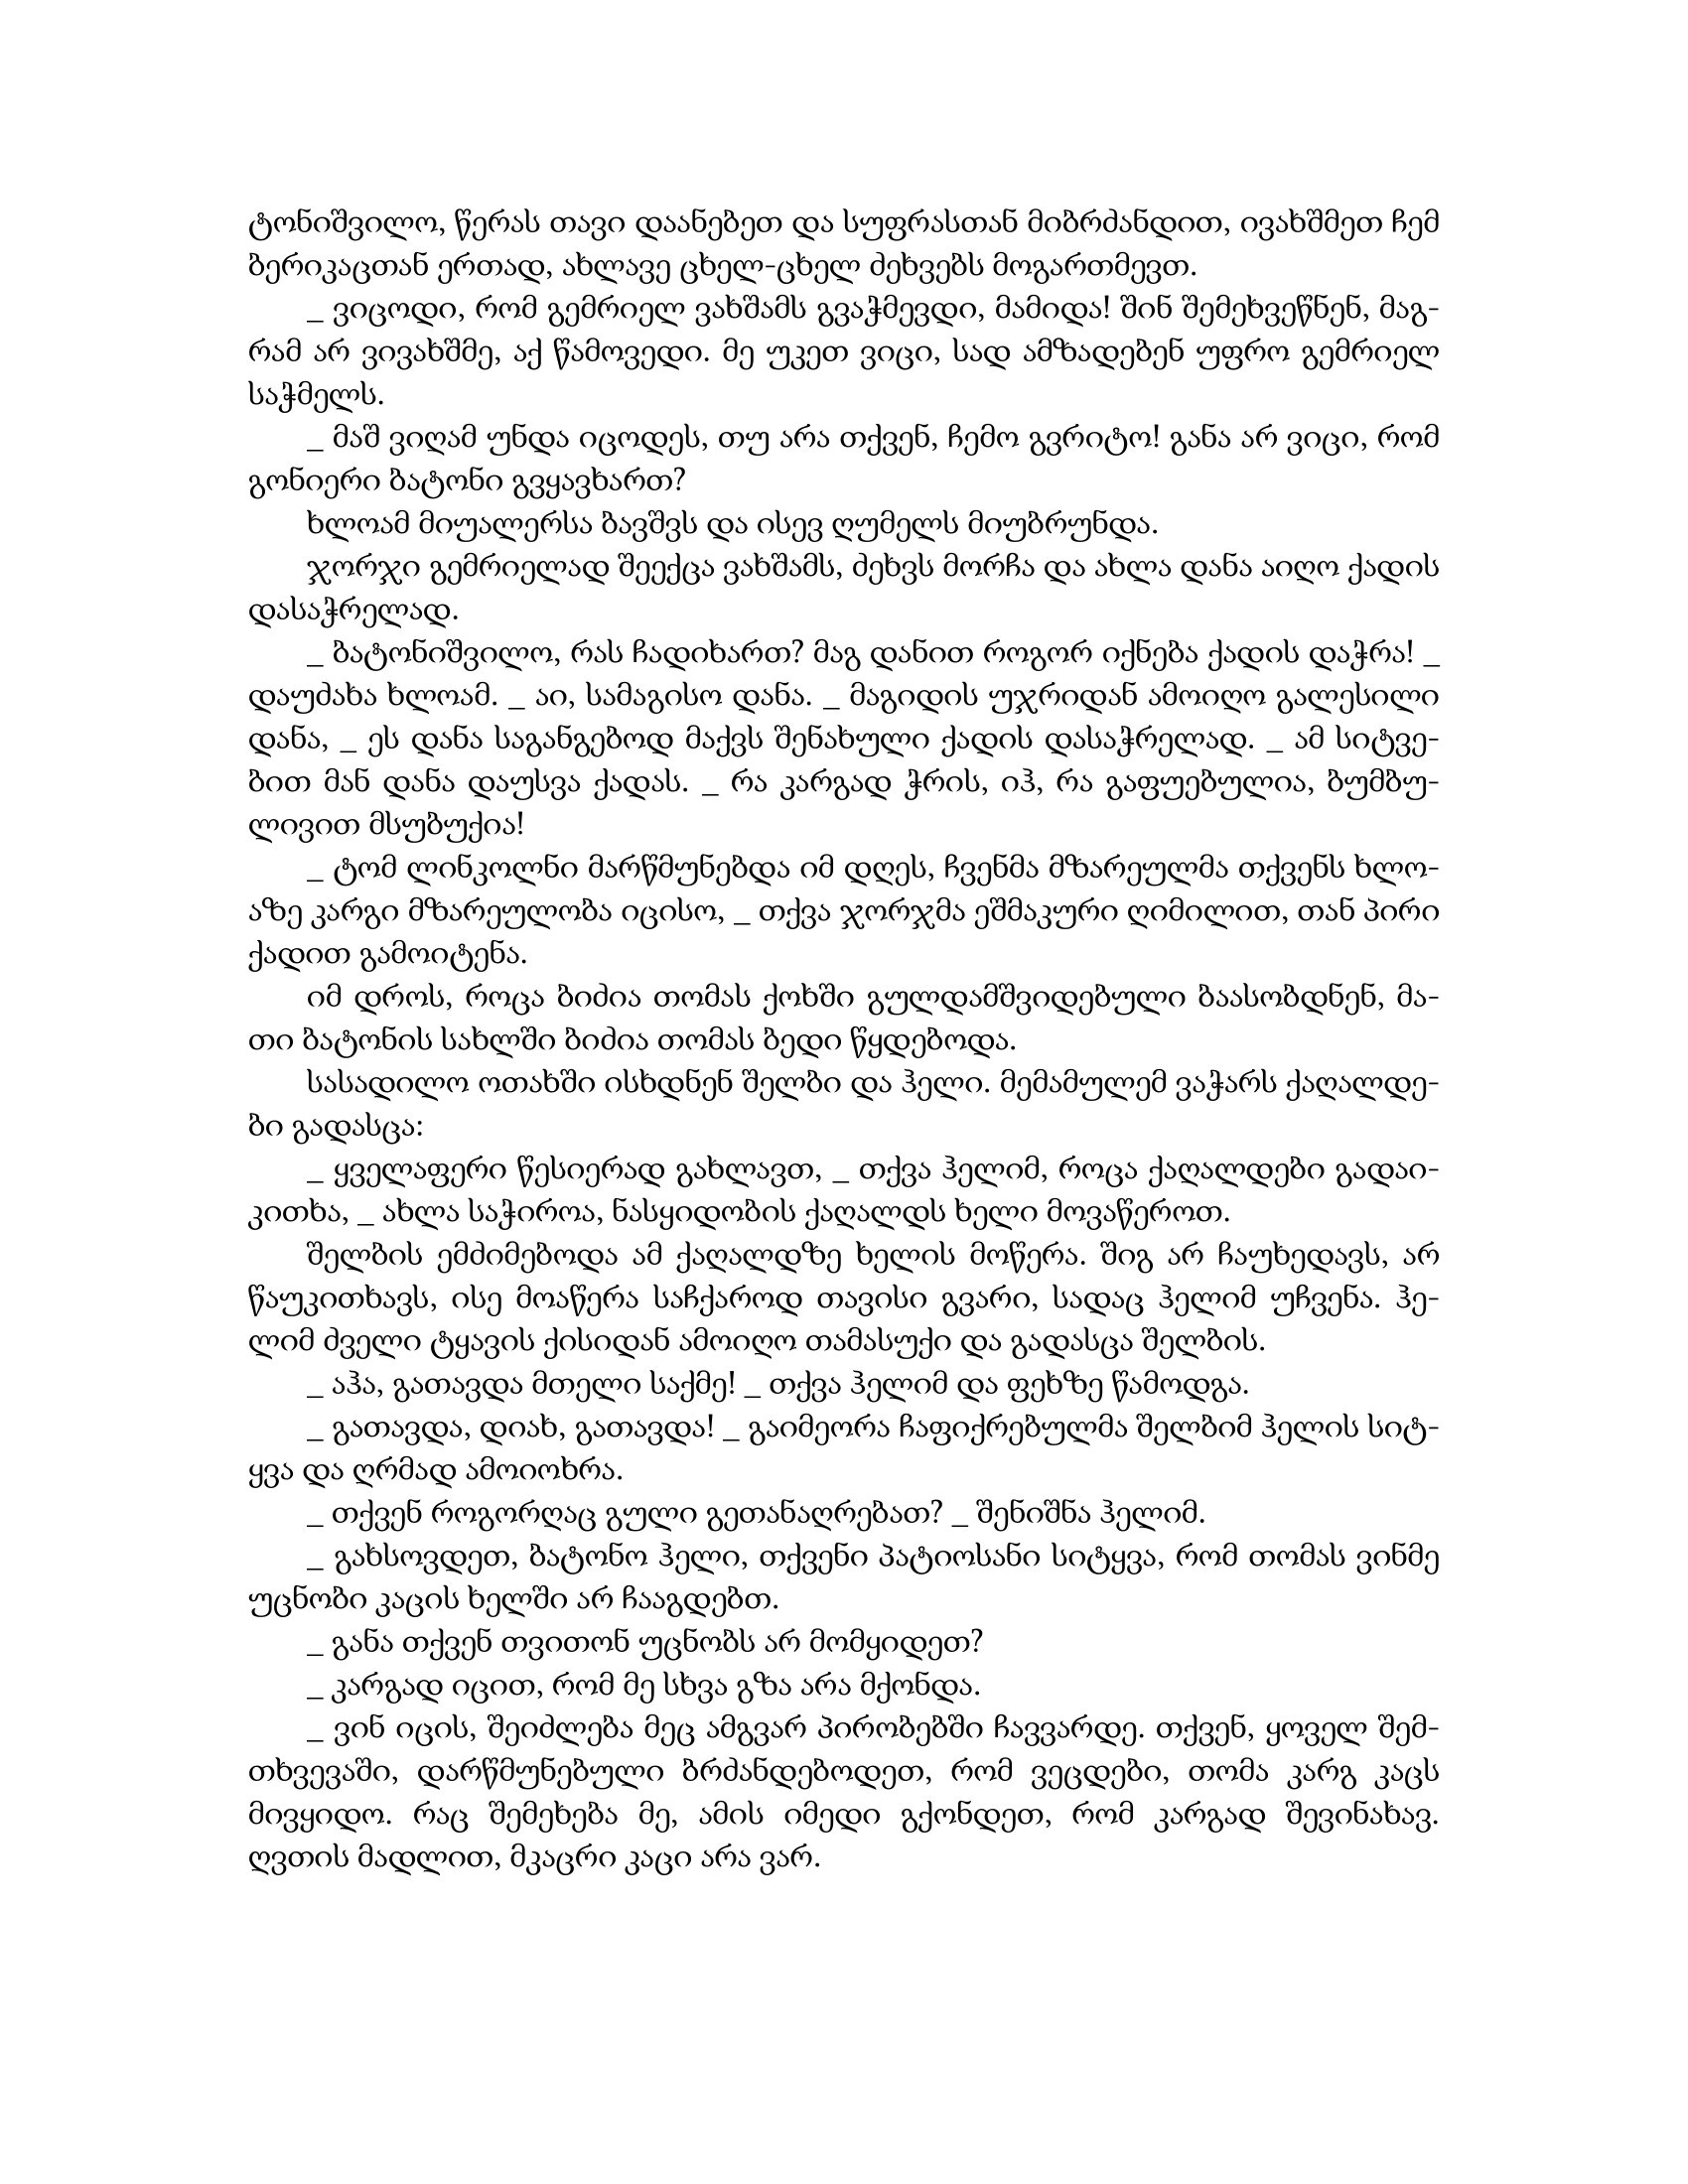
Language: gr